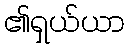
၏ရှယ်ယာ